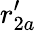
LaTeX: r_{2a}^{\prime}